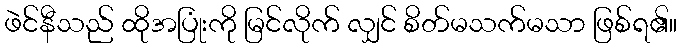
ဖဲင်နီသည် ထိုအပြုံးကို မြင်လိုက် လျှင် စိတ်မသက်မသာ ဖြစ်ရ၏။